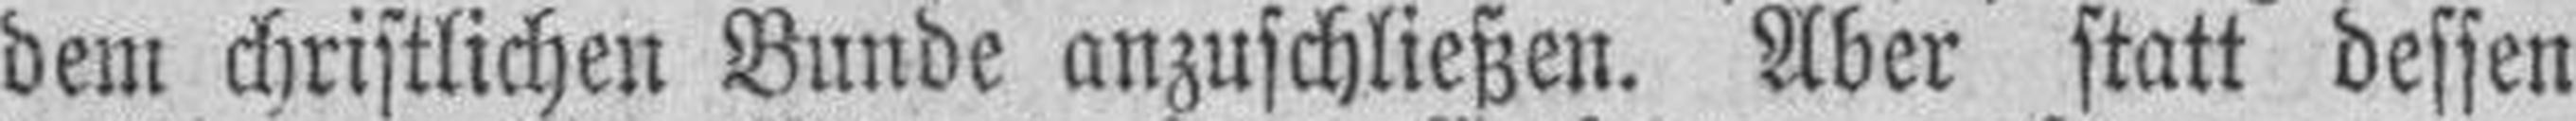
dem christlichen Bunde anzuschließen. Aber statt dessen